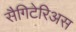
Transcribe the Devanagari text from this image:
सैगिटेरिअस